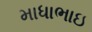
માધાભાઇ